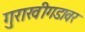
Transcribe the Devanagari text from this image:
गुराखीगडावर